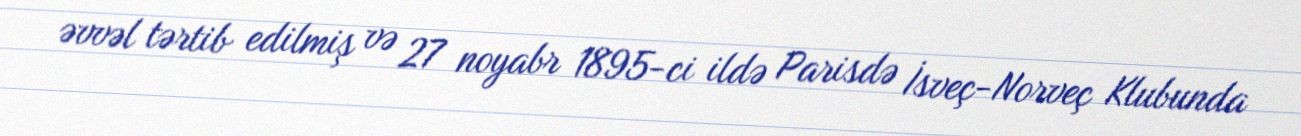
əvvəl tərtib edilmiş və 27 noyabr 1895-ci ildə Parisdə İsveç-Norveç Klubunda